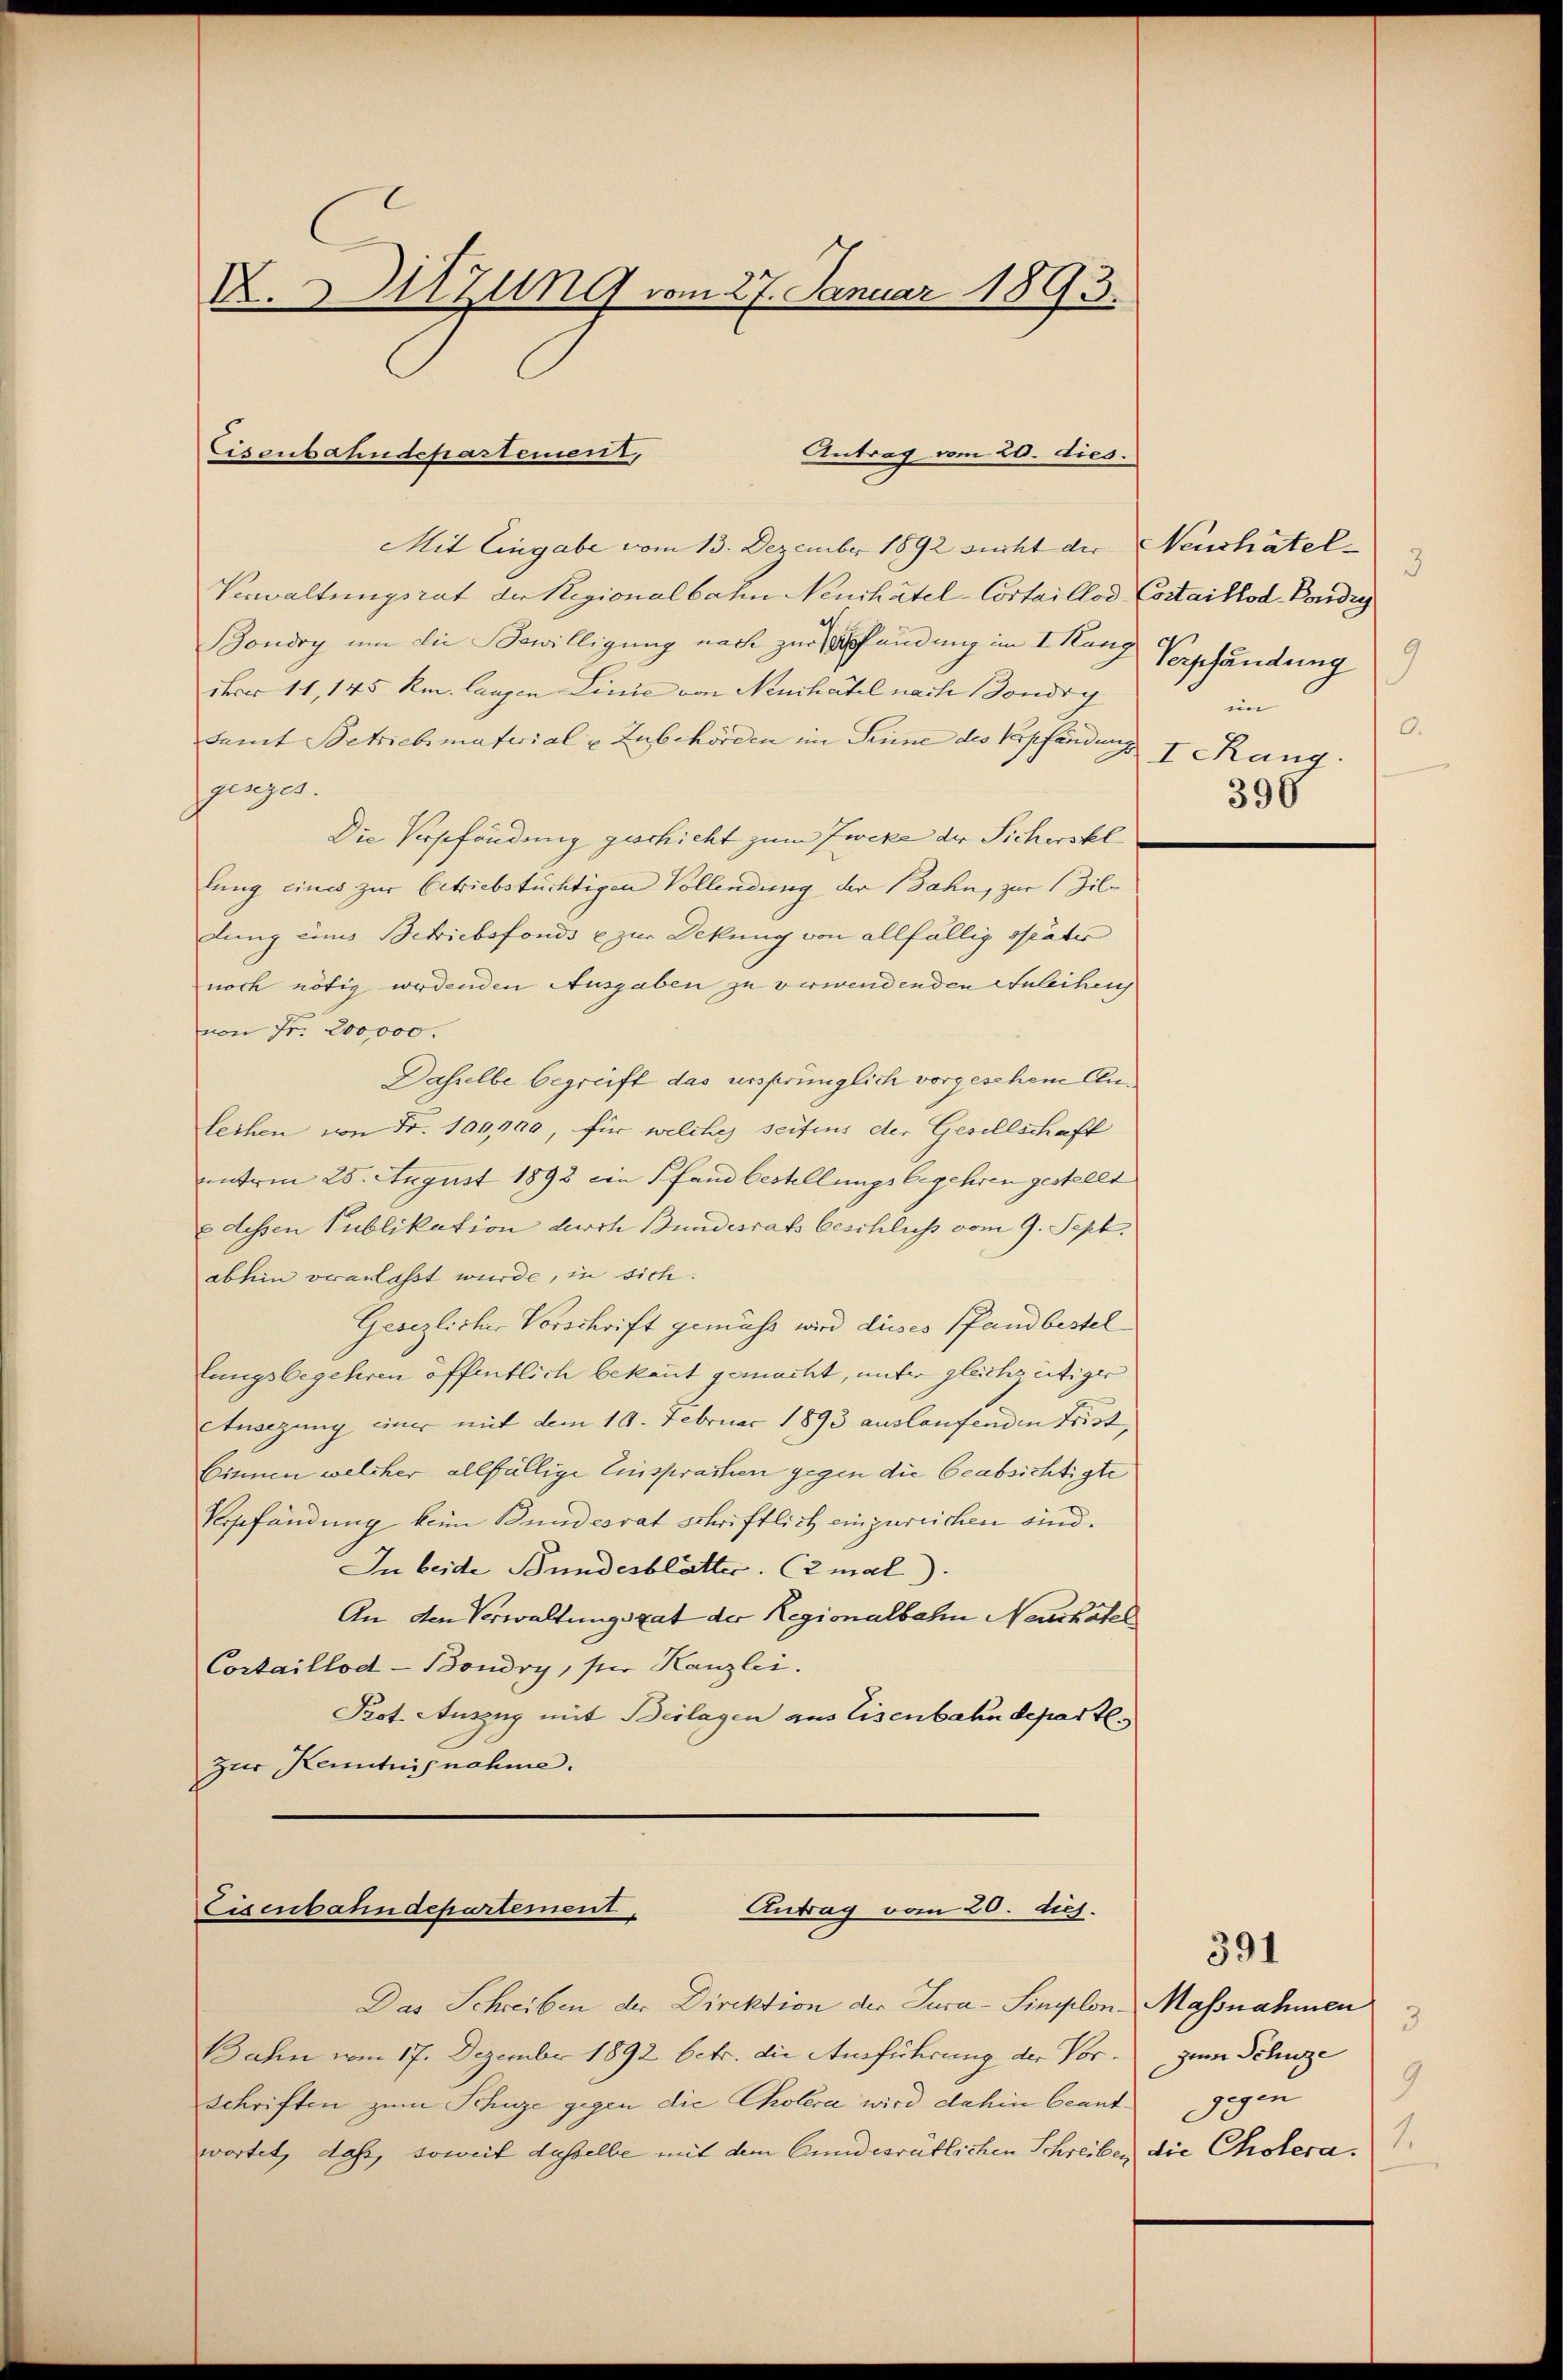
X. Sitzung vom 27. Januar 1893.

Mit Eingabe vom 13. Dezember 1892 sucht der Neuchâtel¬
Verwaltungsrat der Regionalbahn Neuchâtel-Cortaillod Costaillod Pondig
Boudry um die Bewilligung nach zur Anfandung im I. Kanz Verpfändung
ihrer 11, 145 Rm. langen Linie von Neuchatel nach Bondig
damt Betriebematerial u Zubehörden im Senne des Verpfändung 7 Rang
sperges.
Die Verpfändung geschicht zum Zweke der Sicheskl
lung eines zur betriebstüchtigen Vollendung der Bahn, zur Zildung eines Betriebsfonds e zur Deckung von allfällig später
noch nötig werdenden Ausgaben zu verwendenden Anleihen
von Fr. 200,000.
Dasselbe begreift das ursprünglich vorgeschein Anleihen von Fr. 109, 100, für welches seitens der Gesellschaft
unterm 28. August 1893 ein Pfandbestellungsbegehren gestellt
edessen Publikation durch Bundesrats beschluss vom 9. Sept.
abhin veranlasst wurde, in sich.
Gesezlicher Vorschrift gemäss wird dieses Pfandbestel
lungsbegehren öffentlich bekannt gemacht, unter gleichseitiger
Anigung einer mit dem 10. Februar 1893 auslaufenden Frist,
Einnen welcher allfällige Einsprachen gegen die beabsichtigte
Vrgefändung kein Bundesrat schriftlich einzureichen sind.
In beide Bundesblätter. (2mal).
An den Verwaltungsrat der Regionalbahn Neuchatel
Cortaillod-Boudry, per Kanzlei.
Prot. Auszug mit Beilagen aus Eisenbahndepartl.
zur Kenntnisnahme.

Antrag vom 20. dies.
Eisenbahndepartement,

Antrag vom 20. diej.
Cisenbahndepartement

Das Schreiben der Direktion der Jura-Sineplon Massnahmen
Bahn vom 17. Dezember 1892 betr. die Ausführung der Vor¬
Schriften zum Schütze gegen die Cholera wird dahin beantwortet, dass, soweit dasselbe mit dem Cundesrätlichen Schreiben

3
iin
0.
396

3
zum Schuze
9
gegen
1.
die Cholera.

391